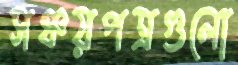
সঞ্চয়পত্রগুলো